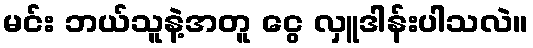
မင်း ဘယ်သူနဲ့အတူ ငွေ လှူဒါန်းပါသလဲ။